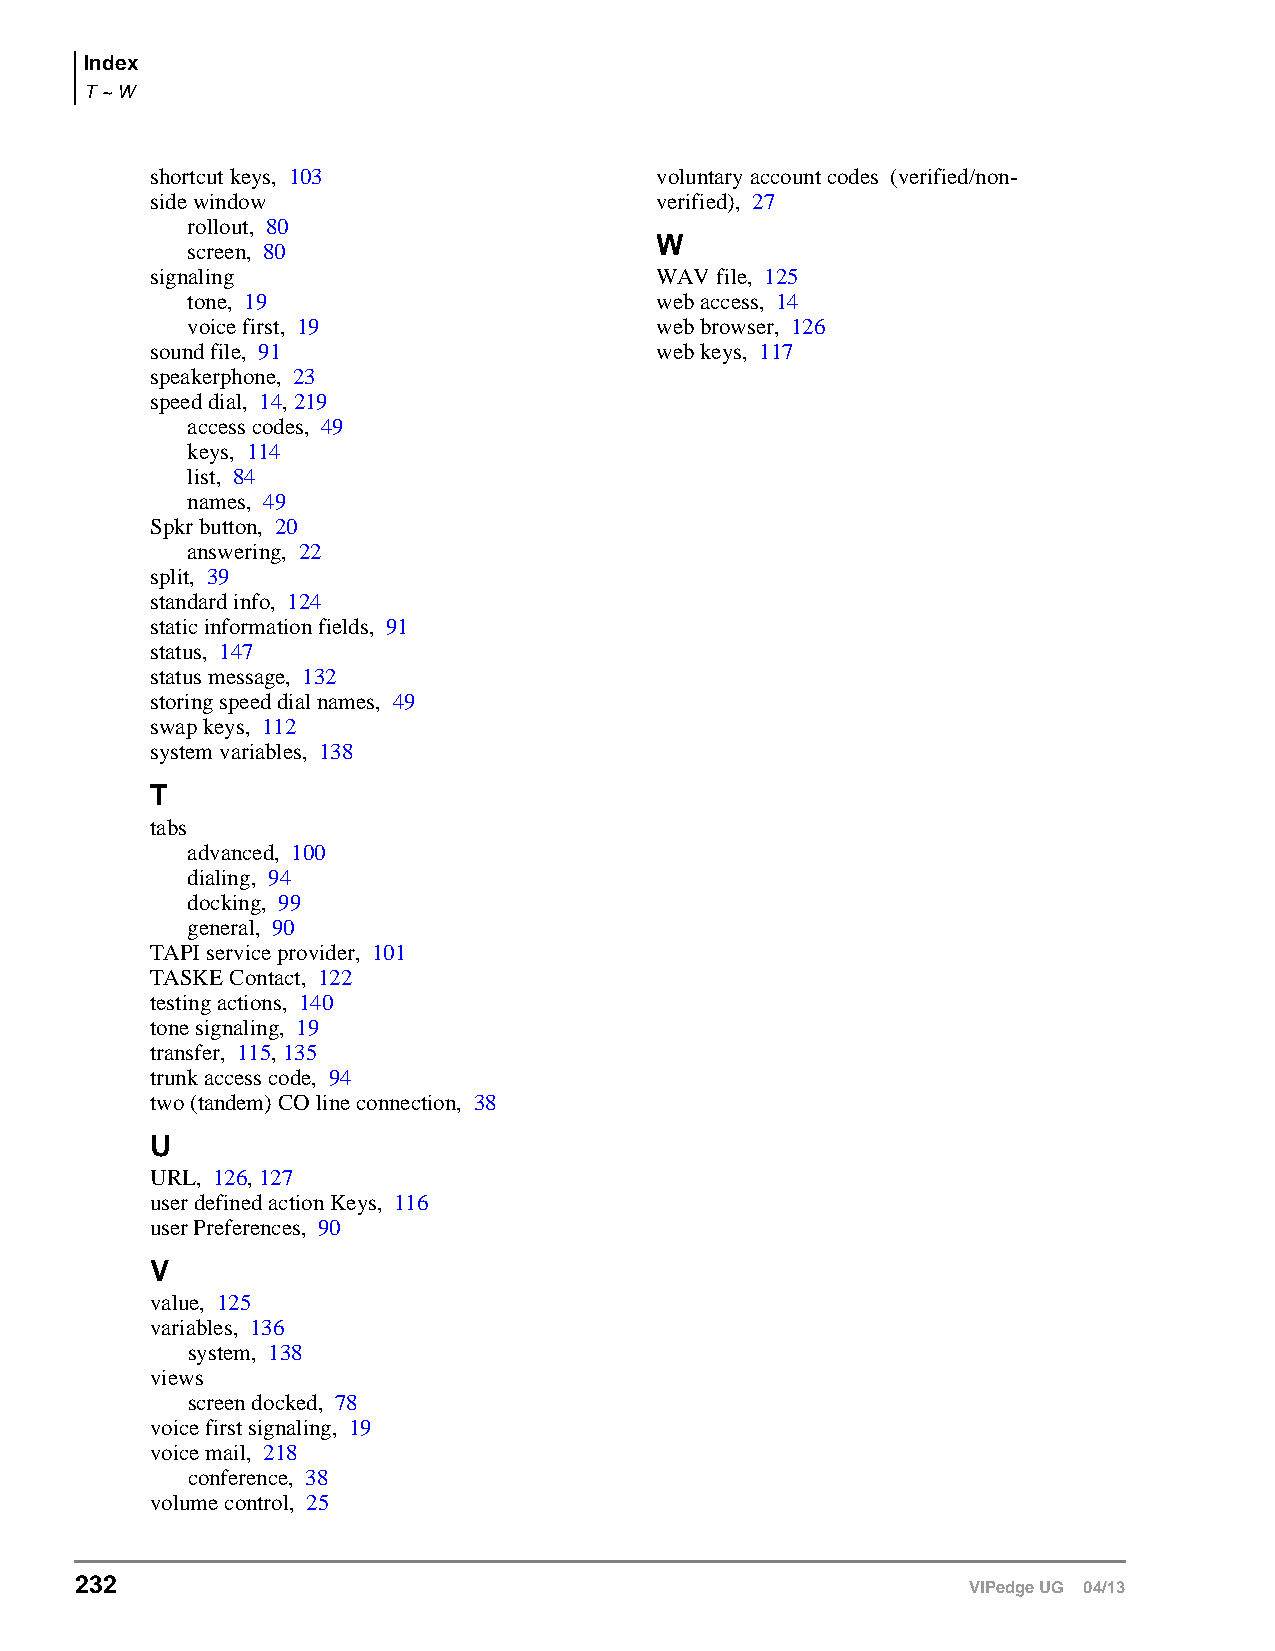
Index
 T ~ W
 shortcut keys, 103               voluntary account codes (verified/non-
 side window                      verified), 27
 rollout, 80
 W
 screen, 80
 signaling                        WAV file, 125
 tone, 19                       web access, 14
 voice first, 19                web browser, 126
 sound file, 91                   web keys, 117
 speakerphone, 23
 speed dial, 14, 219
 access codes, 49
 keys, 114
 list, 84
 names, 49
 Spkr button, 20
 answering, 22
 split, 39
 standard info, 124
 static information fields, 91
 status, 147
 status message, 132
 storing speed dial names, 49
 swap keys, 112
 system variables, 138
 T
 tabs
 advanced, 100
 dialing, 94
 docking, 99
 general, 90
 TAPI service provider, 101
 TASKE Contact, 122
 testing actions, 140
 tone signaling, 19
 transfer, 115, 135
 trunk access code, 94
 two (tandem) CO line connection, 38
 U
 URL, 126, 127
 user defined action Keys, 116
 user Preferences, 90
 V
 value, 125
 variables, 136
 system, 138
 views
 screen docked, 78
 voice first signaling, 19
 voice mail, 218
 conference, 38
 volume control, 25
 232
 VIPedge UG 04/13